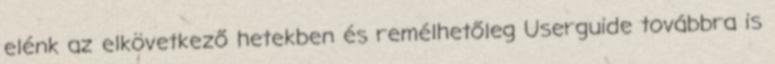
elénk az elkövetkező hetekben és remélhetőleg Userguide továbbra is